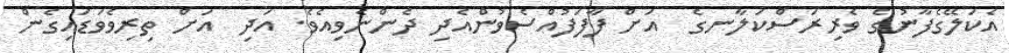
އެކަލޭގެފާނުގެ ވެރިރަސްކަލާނގެ  އަށް ފާފަފުއްސެވުންއެދި ދެންނެވިއެވެ. އަދި  އަށް ތިރިވެވަޑައިގެން